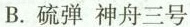
B. 硫弹 神舟三号